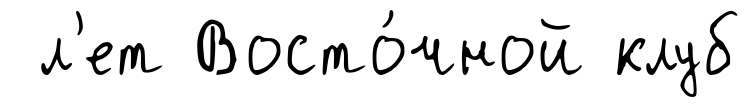
л'ет Восто́чной клуб